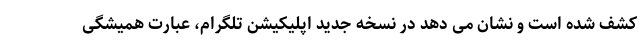
کشف شده است و نشان می دهد در نسخه جدید اپلیکیشن تلگرام، عبارت همیشگی